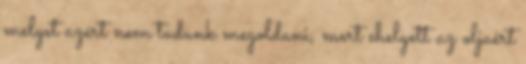
melyet azért nem tudunk megoldani, mert ehelyett az oljaért